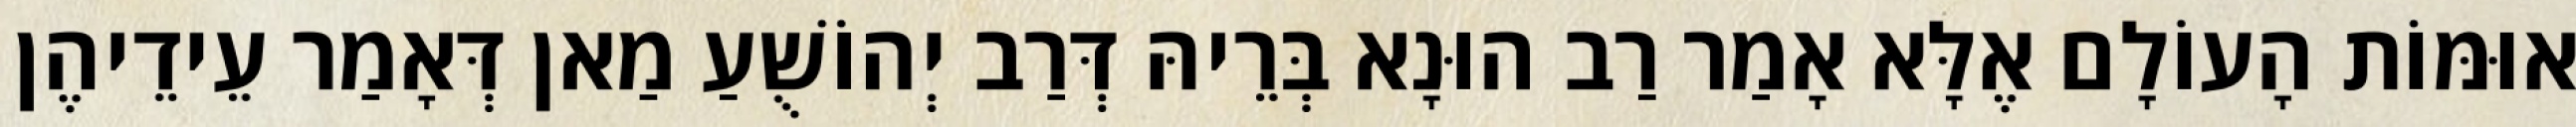
אוּמּוֹת הָעוֹלָם אֶלָּא אָמַר רַב הוּנָא בְּרֵיהּ דְּרַב יְהוֹשֻׁעַ מַאן דְּאָמַר עֵידֵיהֶן